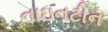
નાઇનટીન